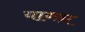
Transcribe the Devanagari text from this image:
यागन